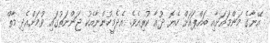
އޭނާގެ މަންމައަށާއި ބައްޕައަށް ހެޔޮ ދުޢާ ކުރިއެވެ. އެދެމީހުންނާއެކު ޖަންނަތުގައި ވުމަށްއެދި މާތް